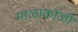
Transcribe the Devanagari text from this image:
माळाकोळी